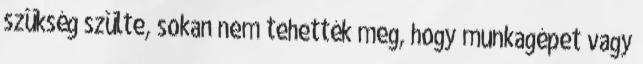
szükség szülte, sokan nem tehették meg, hogy munkagépet vagy